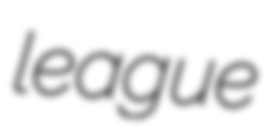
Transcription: league